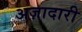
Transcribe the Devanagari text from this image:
अज़ादारी